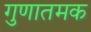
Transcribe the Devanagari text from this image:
गुणातमक